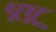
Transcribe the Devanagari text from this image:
धूधू